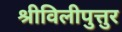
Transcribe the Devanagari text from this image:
श्रीविलीपुत्तुर